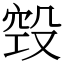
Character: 㲁